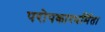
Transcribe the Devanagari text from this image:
परोपकारधर्मिता